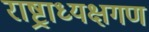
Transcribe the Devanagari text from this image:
राष्ट्राध्यक्षगण